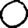
Digit: 0